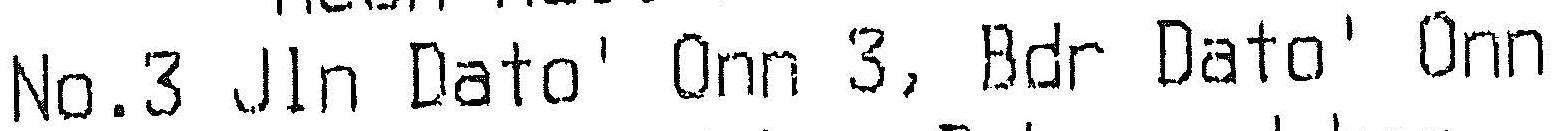
NO.3 JLN DATO' ONN 3, BDR DATO' ONN